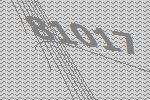
81017